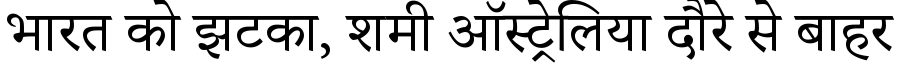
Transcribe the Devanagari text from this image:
भारत को झटका, शमी ऑस्ट्रेलिया दौरे से बाहर